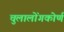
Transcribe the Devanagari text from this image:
चुलालोंगकोर्ण